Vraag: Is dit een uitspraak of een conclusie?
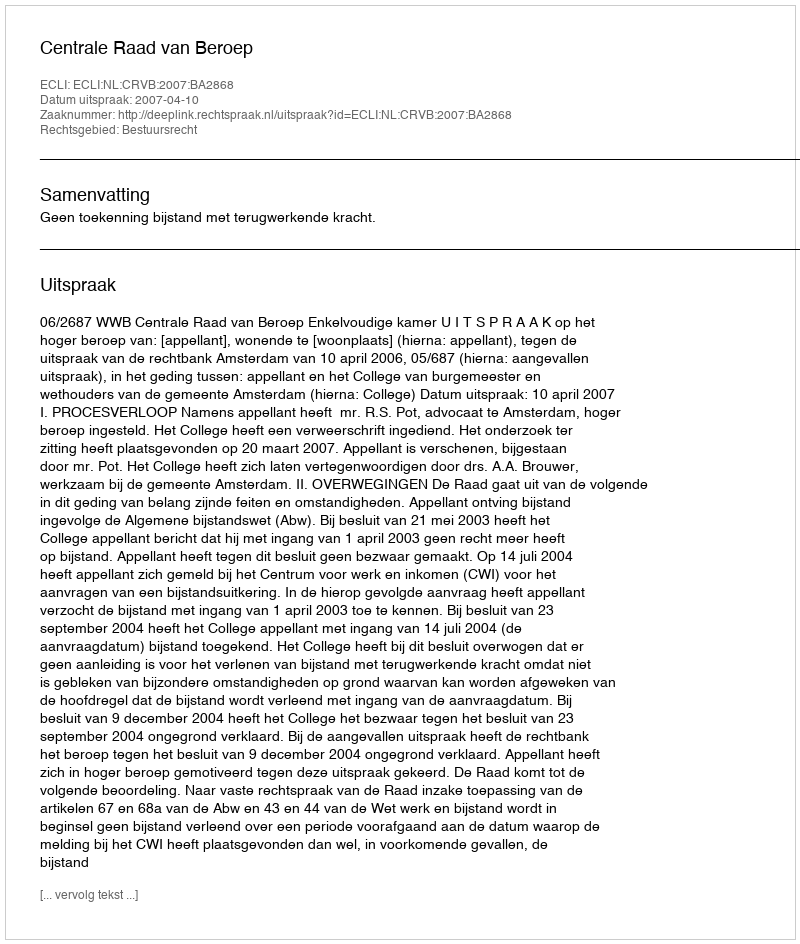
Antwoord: Uitspraak